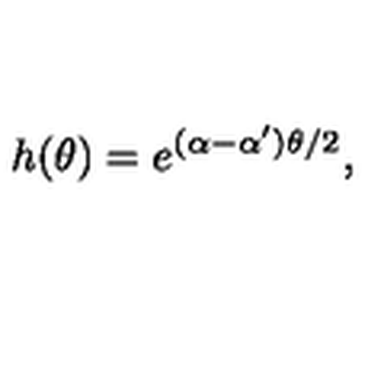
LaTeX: h ( \theta ) = e ^ { ( \alpha - \alpha ^ { \prime } ) \theta / 2 } ,